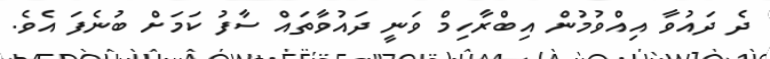
ދެ ދައުވާ އިއްވުމުން އިބްރާހިމް ވަނީ ދައުވާތައް ސާފު ކަމަށް ބުނެފަ އެވެ.